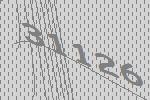
31126